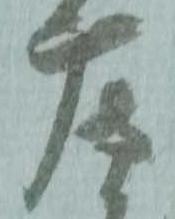
摩